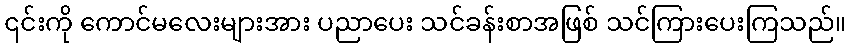
၎င်းကို ကောင်မလေးများအား ပညာပေး သင်ခန်းစာအဖြစ် သင်ကြားပေးကြသည်။